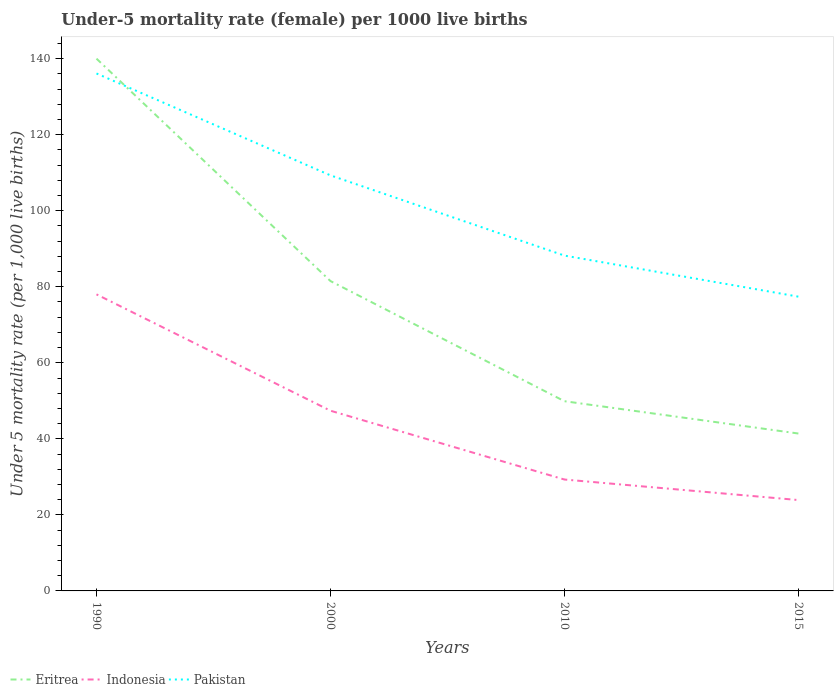
| Years | Eritrea | Indonesia | Pakistan |
 | --- | --- | --- | --- |
 | 1990 | 140 | 78 | 136 |
 | 2000 | 81.5 | 47.4 | 109 |
 | 2010 | 49.9 | 29.3 | 88.2 |
 | 2015 | 41.4 | 23.9 | 77.4 |